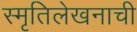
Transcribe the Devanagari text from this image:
स्मृतिलेखनाची